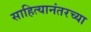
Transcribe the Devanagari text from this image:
साहित्यानंतरच्या